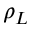
\rho _ { L }